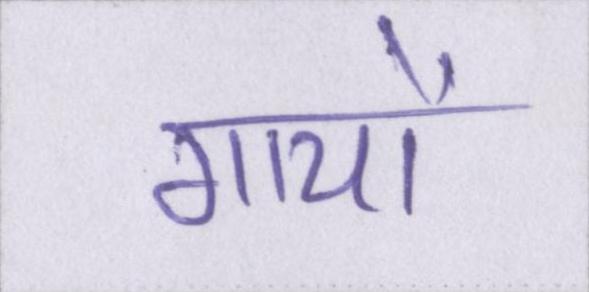
गायों